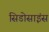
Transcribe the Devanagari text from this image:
सिडोसाइंस